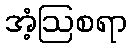
အံ့ဩစရာ